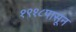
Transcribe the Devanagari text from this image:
१९१८पासून